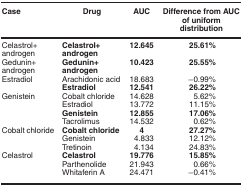
| Case | Drug | AUC | Difference from AUC of uniform distribution |
 | --- | --- | --- | --- |
 | Celastrol+ androgen | Celastrol+ androgen | 12.645 | 25.61% |
 | Gedunin+ androgen | Gedunin+ androgen | 10.423 | 25.55% |
 | Estradiol | Arachidonic acid | 18.683 | −0.99% |
 |  | Estradiol | 12.541 | 26.22% |
 | Genistein | Cobalt chloride | 14.628 | 5.62% |
 |  | Estradiol | 13.772 | 11.15% |
 |  | Genistein | 12.855 | 17.06% |
 |  | Tacrolimus | 14.532 | 0.62% |
 | Cobalt chloride | Cobalt chloride | 4 | 27.27% |
 |  | Genistein | 4.833 | 12.12% |
 |  | Tretinoin | 4.134 | 24.83% |
 | Celastrol | Celastrol | 19.776 | 15.85% |
 |  | Parthenolide | 21.943 | 0.66% |
 |  | Whitaferin A | 24.471 | −0.41% |